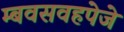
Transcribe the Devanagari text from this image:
म्बवसवहपेजे